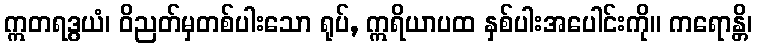
ဣတရဒွယံ၊ ဝိညတ်မှတစ်ပါးသော ရုပ်, ဣရိယာပထ နှစ်ပါးအပေါင်းကို။ ကရောန္တိ၊